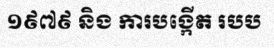
១៩៧៩ និង ការបង្កើត របប